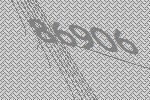
86906